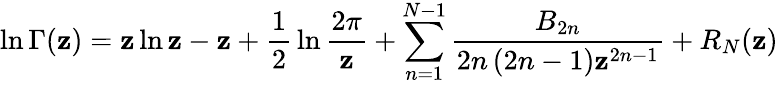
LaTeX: \ln\Gamma(\mathbf{z})=\mathbf{z}\ln\mathbf{z}-\mathbf{z}+{\frac{{1}}{{2}}}\ln{\frac{{2\pi}}{{\mathbf{z}}}}+\sum_{n=1}^{N-1}{\frac{{B_{2n}}}{{2n\left({2n-1}\right)\mathbf{z}^{2n-1}}}}+R_{N}(\mathbf{z})